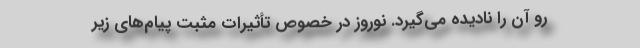
‌رو آن را نادیده می‌گیرد. نوروز در خصوص تأثیرات مثبت پیام‌های زیر